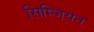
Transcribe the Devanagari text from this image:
सिम्जियन